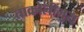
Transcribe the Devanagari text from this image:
ताक्रोलीमुस